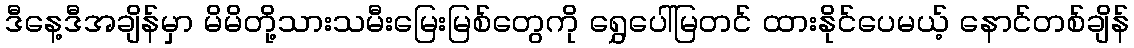
ဒီနေ့ဒီအချိန်မှာ မိမိတို့သားသမီးမြေးမြစ်တွေကို ရွှေပေါ်မြတင် ထားနိုင်ပေမယ့် နောင်တစ်ချိန်